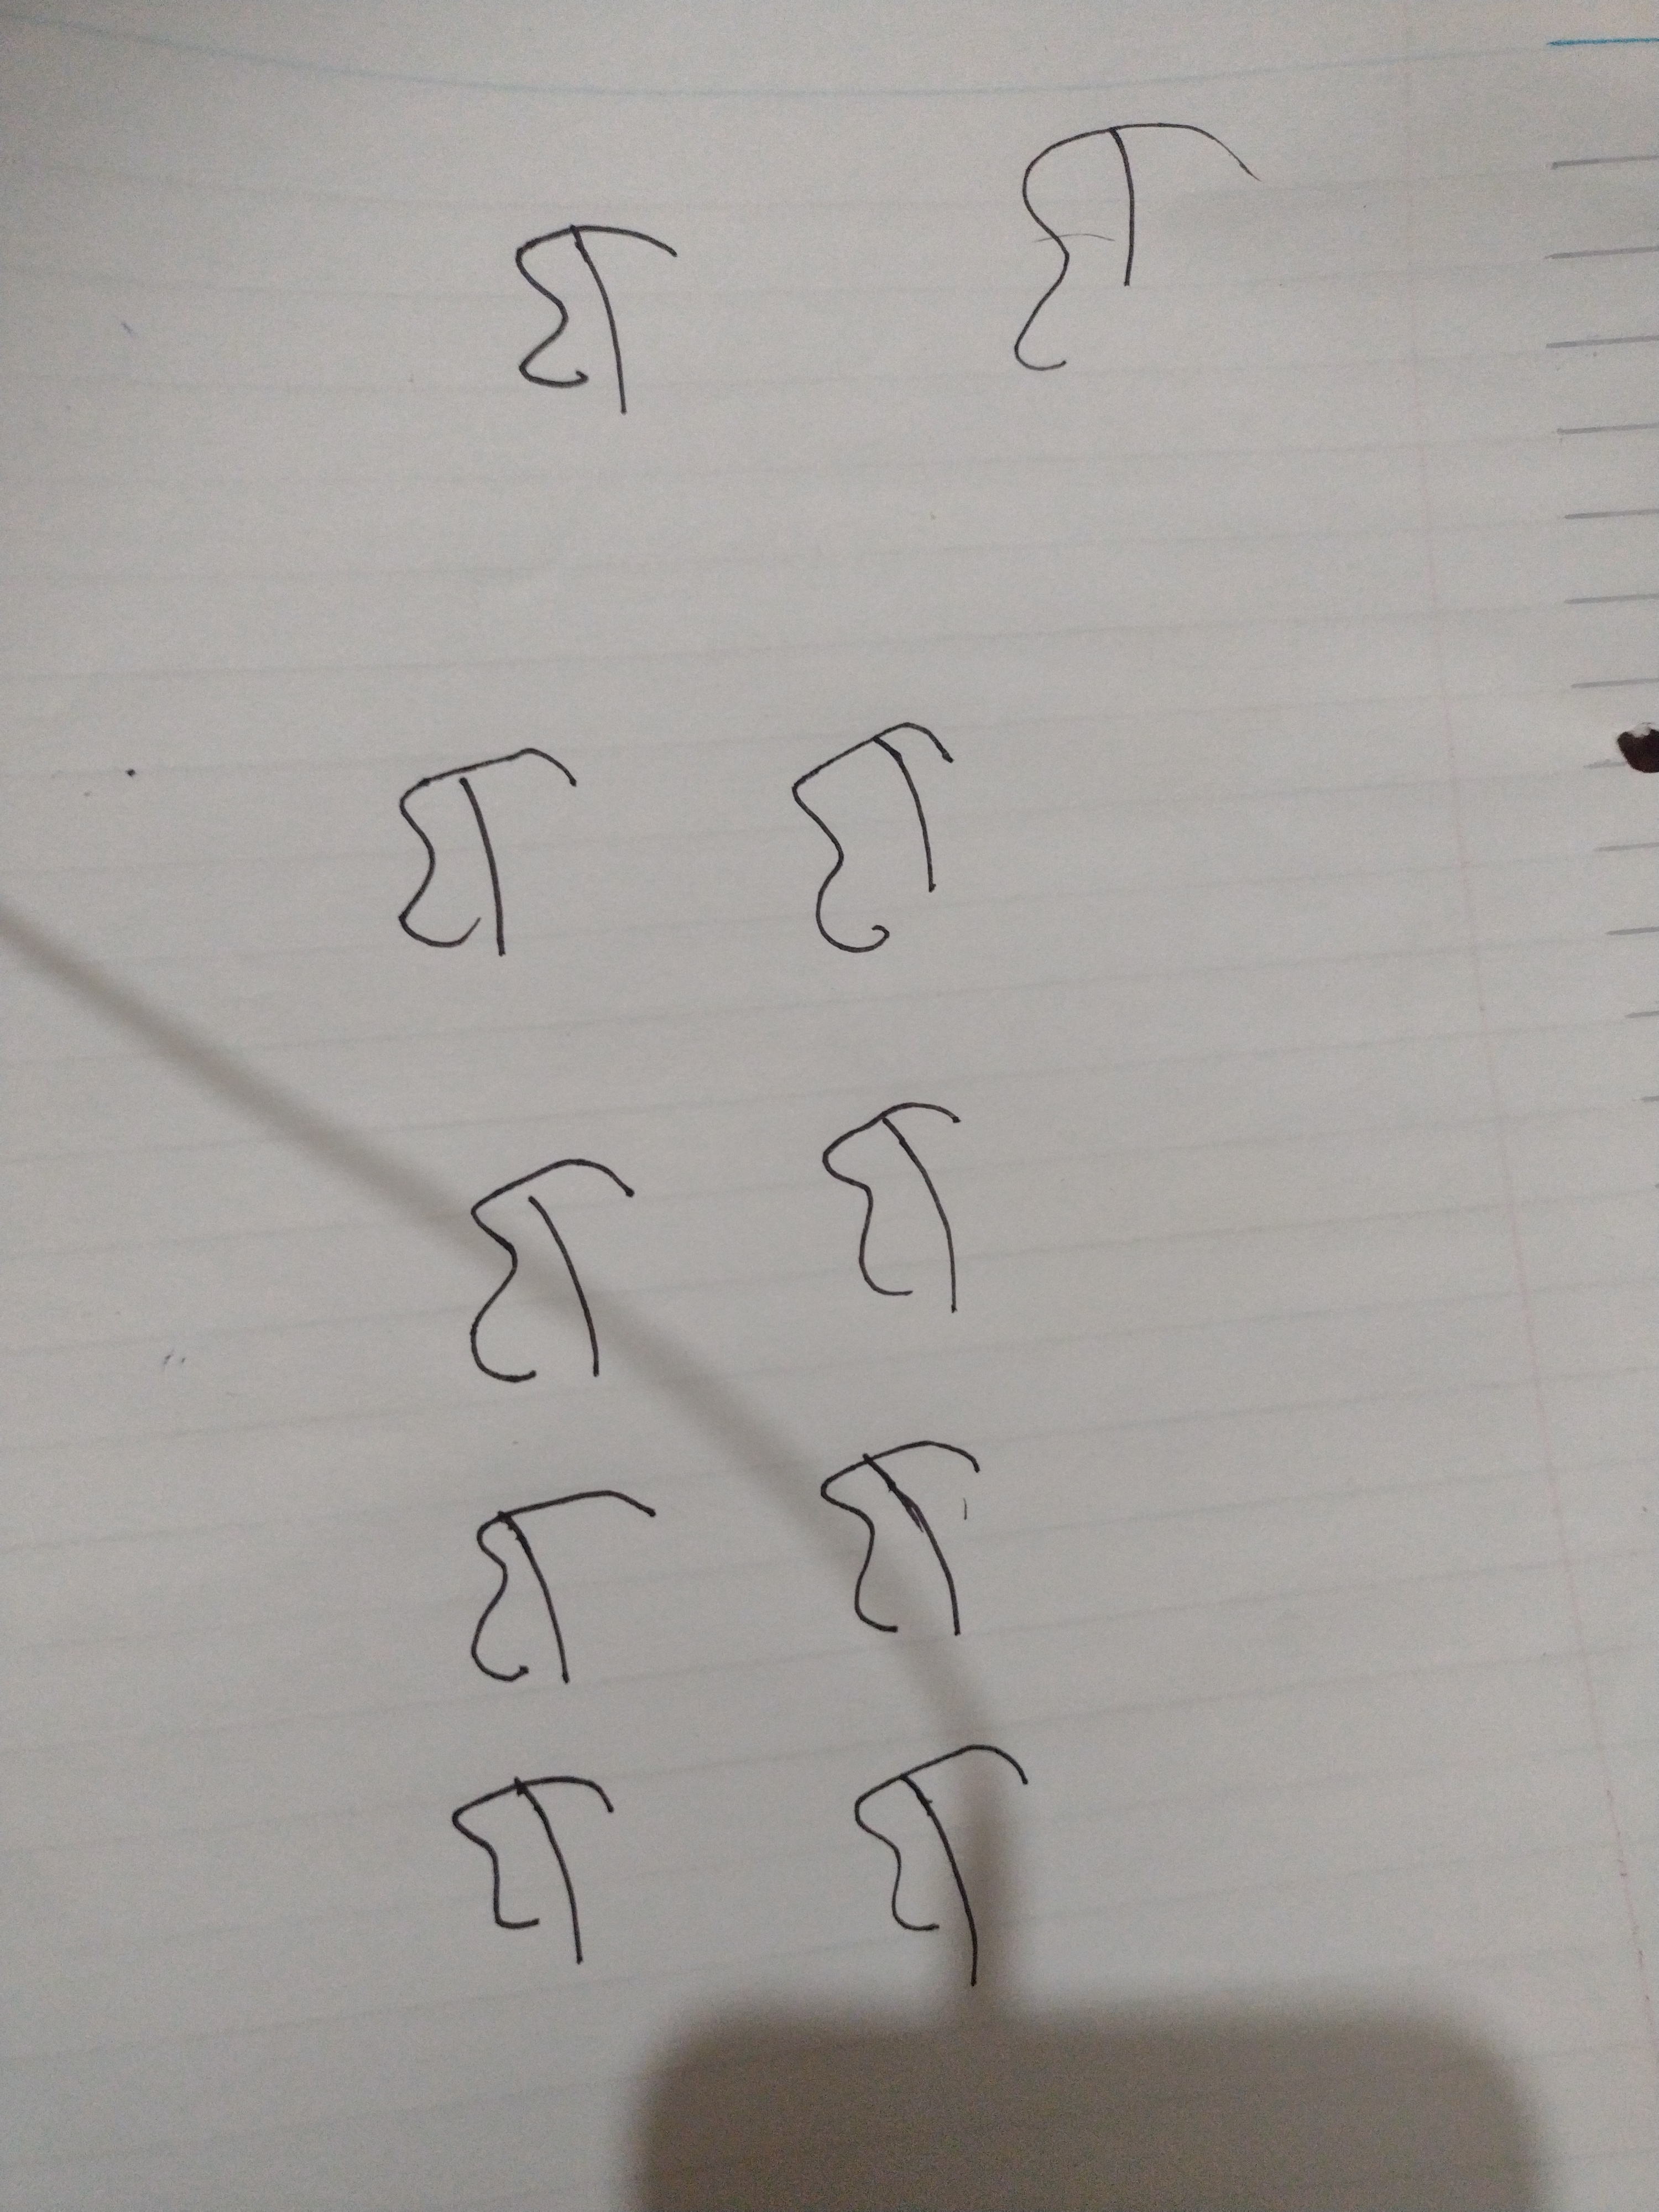
Signature authenticity: forged